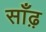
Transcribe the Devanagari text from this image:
साँढ़़